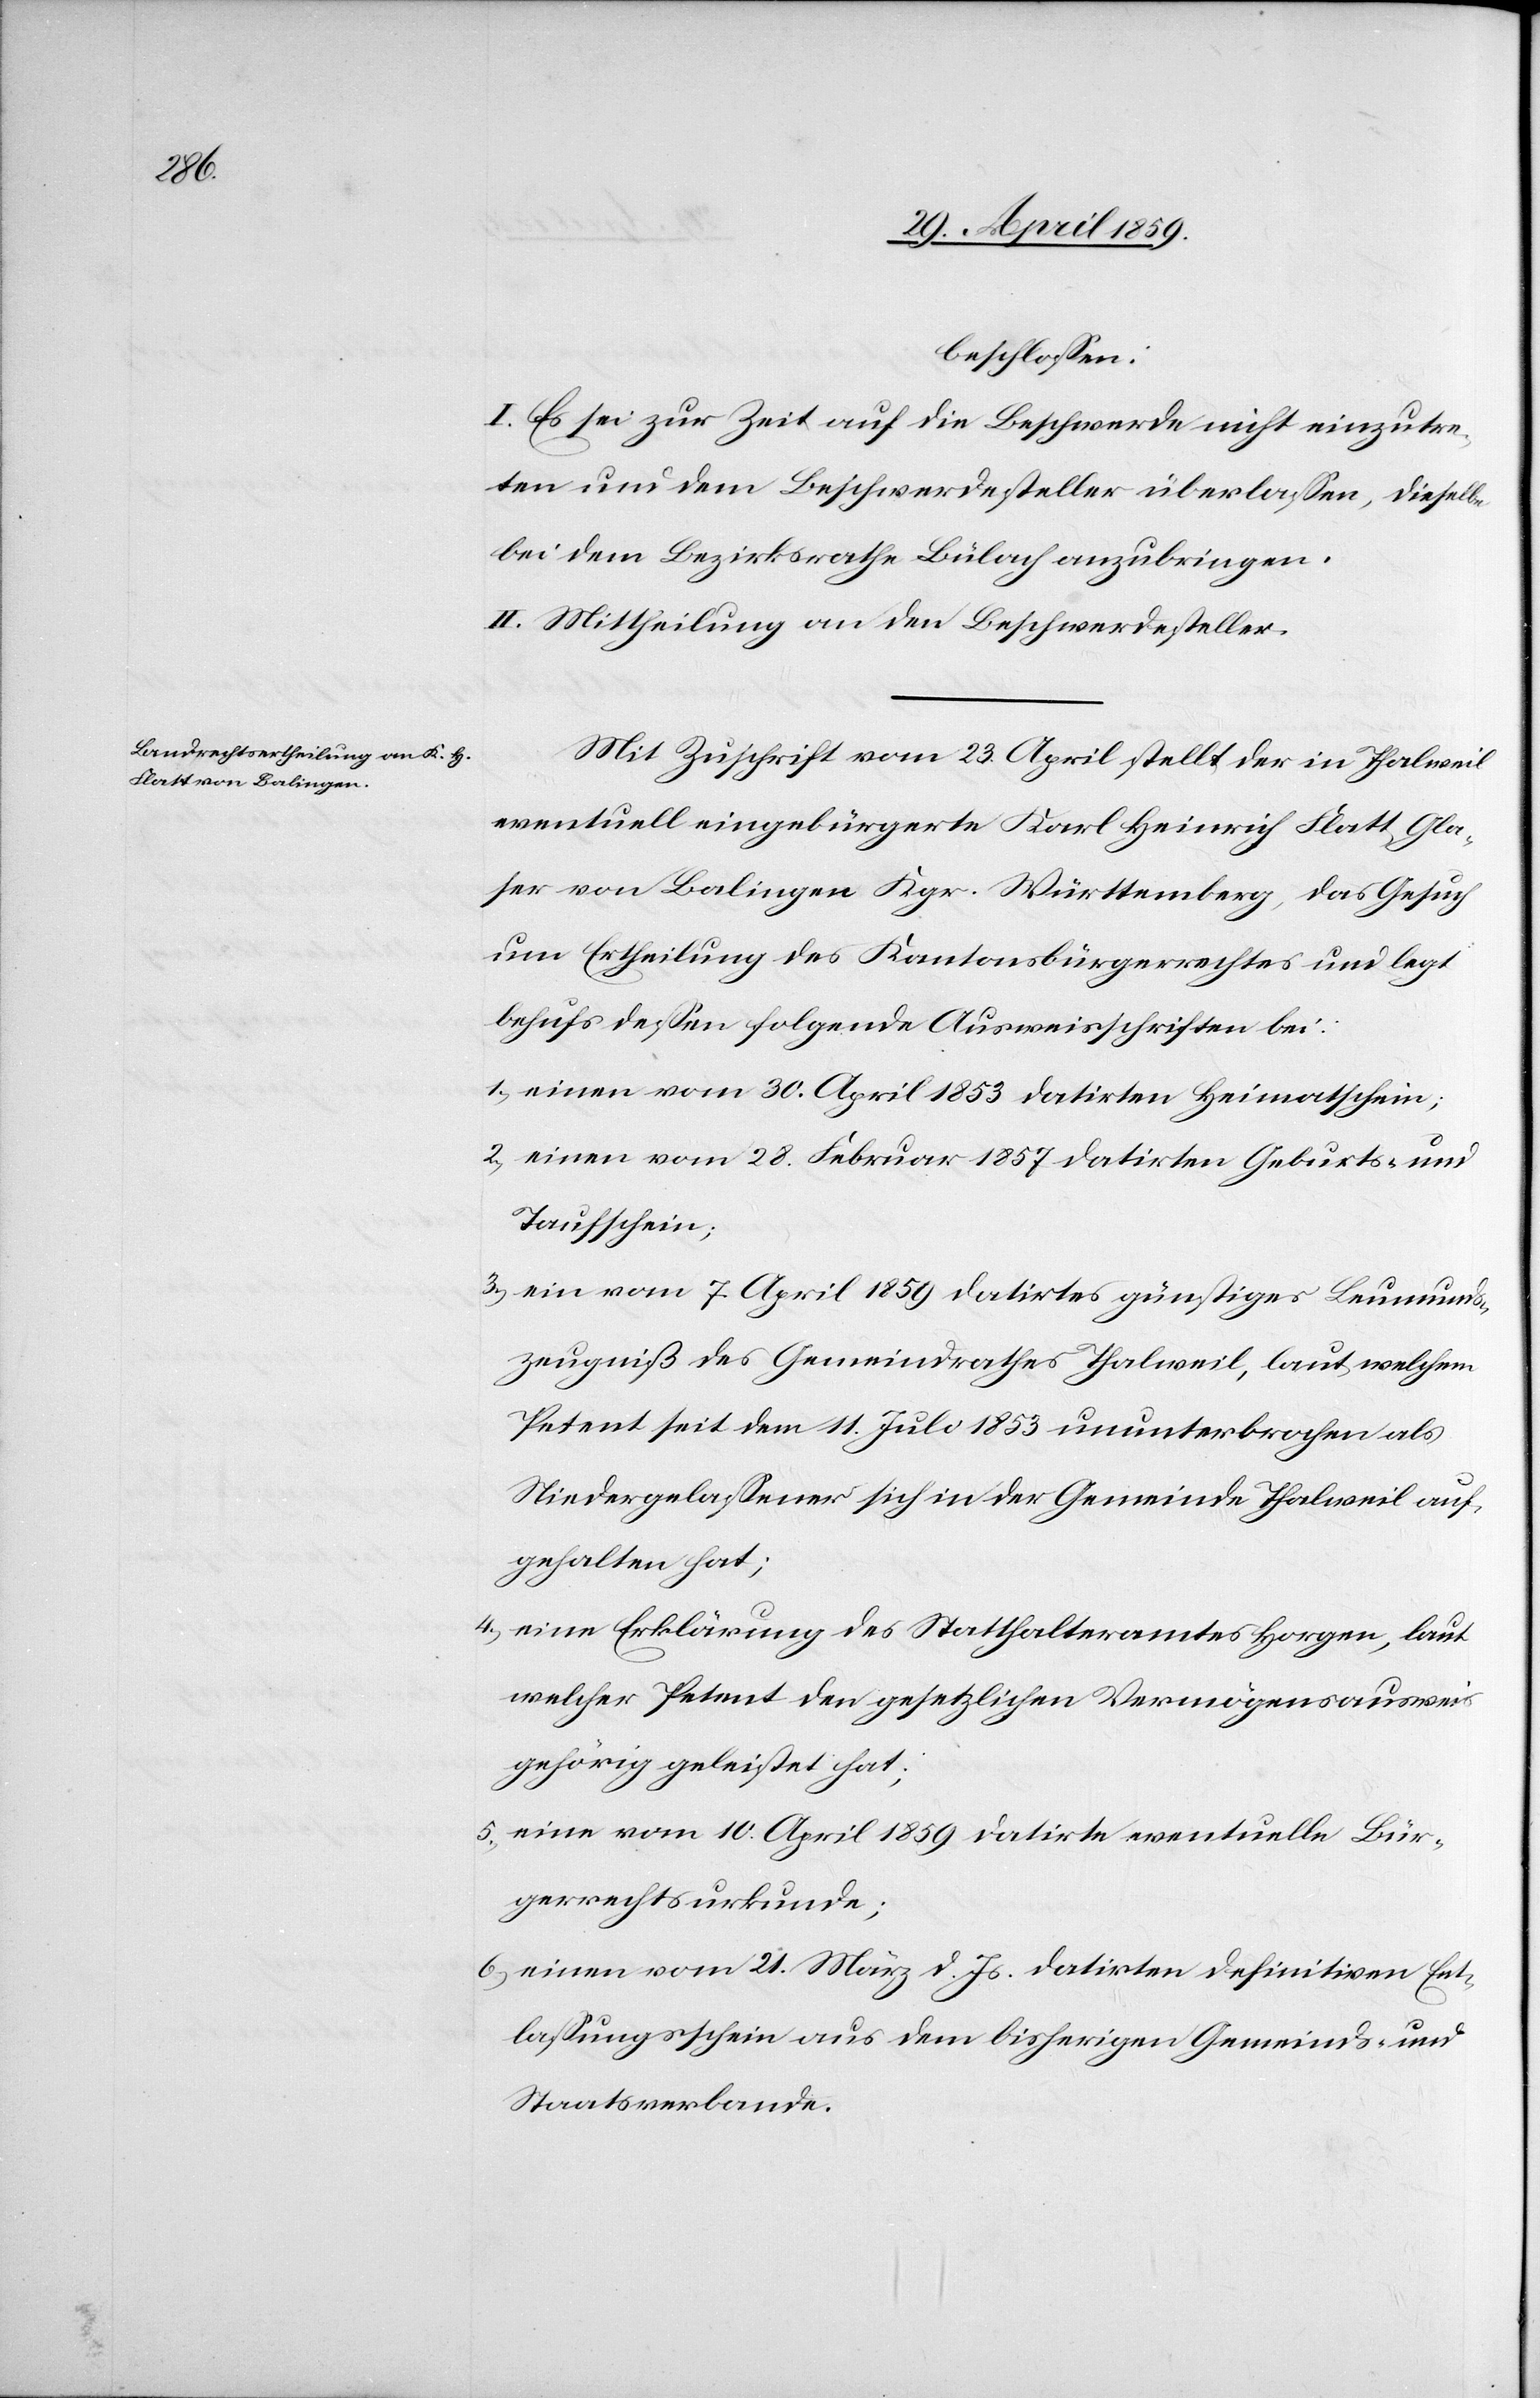
beschloßen:
I. Es sei zur Zeit auf die Beschwerde nicht einzutre¬
ten und dem Beschwerdesteller überlaßen, dieselbe
bei dem Bezirksrathe Bülach anzubringen.
II. Mittheilung an den Beschwerdesteller.
Mit Zuschrift vom 23. April stellt der in Thalweil
eventuell eingebürgerte Karl Heinrich Flatt, Gla¬
ser von Balingen Kgr. Württemberg, das Gesuch
um Ertheilung des Kantonsbürgerrechtes und legt
behufs deßen folgende Ausweisschriften bei:
1) einen vom 30. April 1853 datirten Heimatschein;
2) einen vom 28. Februar 1857 datirten Geburts- und
Taufschein;
3) ein vom 7. April 1859 datirtes günstiges Leumunds¬
zeugniß des Gemeindrathes Thalweil, laut welchem
Petent seit dem 11. Juli 1853 ununterbrochen als
Niedergelaßener sich in der Gemeinde Thalweil auf¬
gehalten hat;
4) eine Erklärung des Statthalteramtes Horgen, laut
welcher Petent den gesetzlichen Vermögensausweis
gehörig geleistet hat;
5) eine vom 10. April 1859 datirte eventuelle Bür¬
gerrechtsurkunde;
6) einen vom 21. März d. Js. datirten definitiven Ent¬
laßungsschein aus dem bisherigen Gemeinds- und
Staatsverbande.